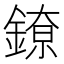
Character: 𬫴